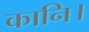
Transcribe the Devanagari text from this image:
कानि।